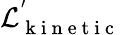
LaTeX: \mathcal{L}_{\mathrm{~k~i~n~e~t~i~c~}}^{'}